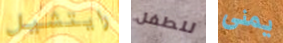
رايتشيل للطفل يمنى